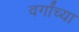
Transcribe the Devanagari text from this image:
वर्गांच्‍या